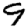
Digit: 9